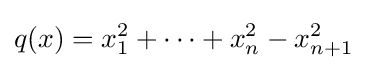
q(x)=x_{1}^{2}+\cdots +x_{n}^{2}-x_{n+1}^{2}